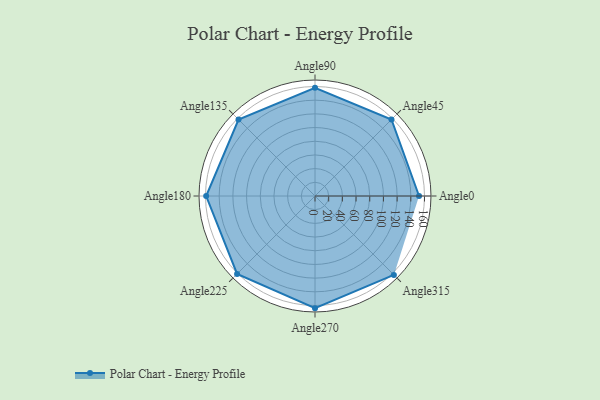
{"axis": {"x": "Angle", "y": "Radius"}, "legend": [""], "data": [{"x": "Angle0", "y": 152.0, "type": ""}, {"x": "Angle45", "y": 158.0, "type": ""}, {"x": "Angle90", "y": 158.0, "type": ""}, {"x": "Angle135", "y": 158.0, "type": ""}, {"x": "Angle180", "y": 159.0, "type": ""}, {"x": "Angle225", "y": 161.0, "type": ""}, {"x": "Angle270", "y": 164.0, "type": ""}, {"x": "Angle315", "y": 163.0, "type": ""}]}